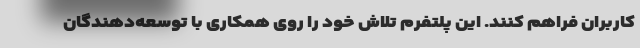
کاربران فراهم کنند. این پلتفرم تلاش خود را روی همکاری با توسعه‌دهندگان